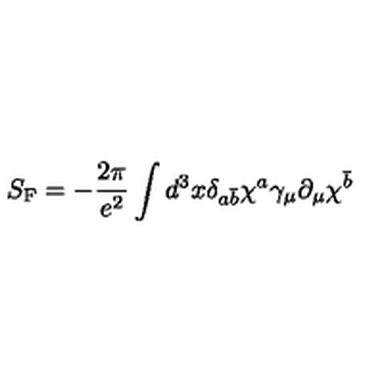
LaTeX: S _ { \mathrm { F } } = - \frac { 2 \pi } { e ^ { 2 } } \int d ^ { 3 } x \delta _ { a \bar { b } } \chi ^ { a } \gamma _ { \mu } \partial _ { \mu } \chi ^ { \bar { b } }